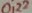
Text: 0,22